Scottish Certificate of Education, 1963
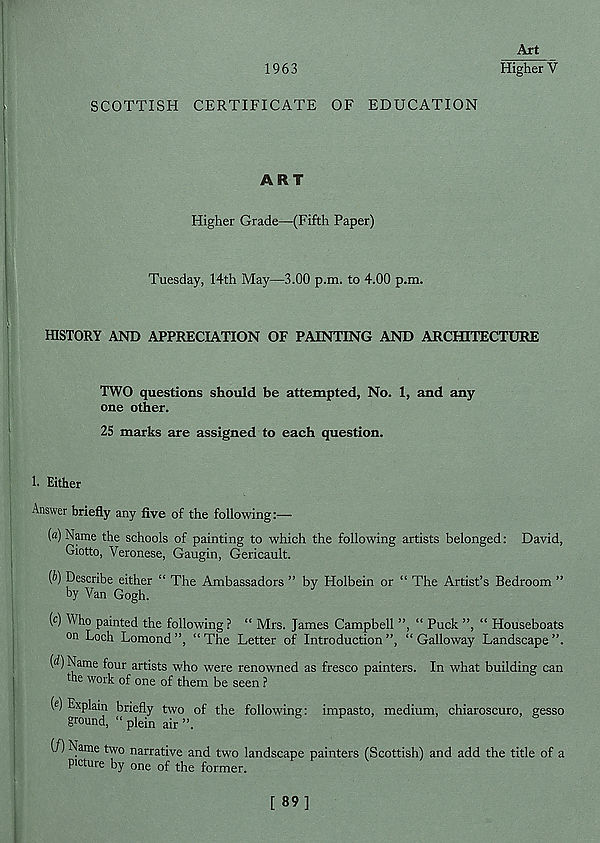
1963
Art
Higher V
SCOTTISH CERTIFICATE OF EDUCATION
ART
Higher Grade—(Fifth Paper)
Tuesday, 14th May—3.00 p.m. to 4.00 p.m.
HISTORY AND APPRECIATION OF PAINTING AND ARCHITECTURE
TWO questions should be attempted, No. 1, and any
one other.
25 marks are assigned to each question.
1. Either
Answer briefly any five of the following
(a) Name the schools of painting to which the following artists belonged: David,
Giotto, Veronese, Gaugin, Gericault.
{b) Describe either “ The Ambassadors ” by Holbein or “ The Artist’s Bedroom ”
by Van Gogh.
(c) Who painted the following ? “ Mrs. James Campbell ”, “ Puck ”, “ Houseboats
on Loch Lomond ”, “ The Letter of Introduction ”, “ Galloway Landscape ”.
[d) Name four artists who were renowned as fresco painters. In what building can
the work of one of them be seen ?
(<?) Explain briefly two of the following: impasto, medium, chiaroscuro, gesso
ground, “ plein air ”.
(/) Name two narrative and two landscape painters (Scottish) and add the title of a
picture by one of the former.
[ 89]